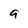
Character: 9